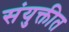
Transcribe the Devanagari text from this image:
संयुक्तीत